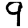
Digit: 9